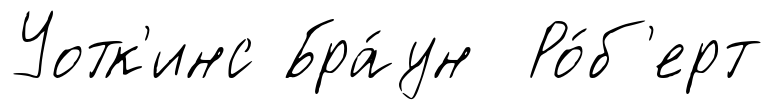
Уотк'инс Бра́ун Ро́б'ерт